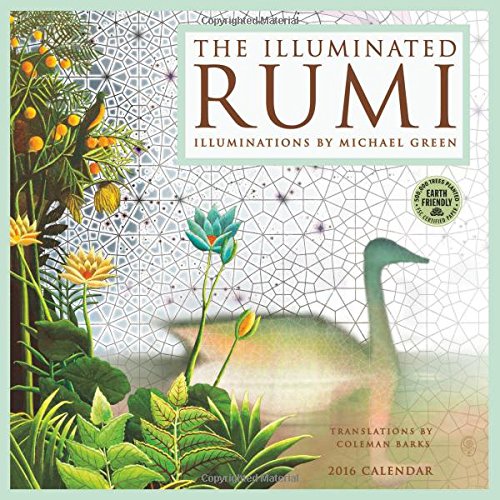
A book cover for The Illuminated Rumi 2016 Wall Calendar; Michael J. Green; Religion & Spirituality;